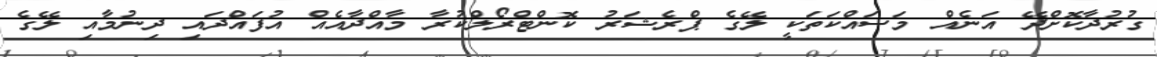
ގުރުދާކޮށްދޭ އަނެއް މަސައްކަތަކީ ލޭގެ ޕްރެޝަރު ކޮންޓްރޯލްކުރާ މާއްދާއެއް އުފައްދައި ދިނުމާއި ލޭގެ